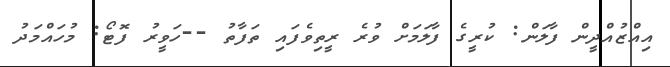
އިއްޒުއްދީން ފާލަން: ކުރީގެ ފާލަމަށް ވުރެ ރީތިވެފައި ތަފާތު --ހަވީރު ފޮޓޯ: މުހައްމަދު